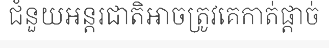
ជំនួយអន្តរជាតិអាចត្រូវគេកាត់ផ្តាច់